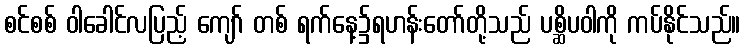
စင်စစ် ဝါခေါင်လပြည့် ကျော် တစ် ရက်နေ့၌ရဟန်းတော်တို့သည် ပစ္ဆိပဝါကို ကပ်နိုင်သည်။